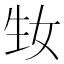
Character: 𤯕